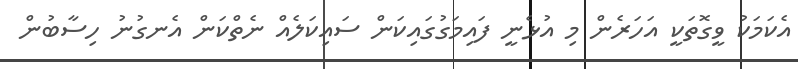
އެކަމަކު ވީގޮތަކީ އަހަރެން މި އުޅެނީ ފައިމަގުގައިކަން ސައިކަލެއް ނެތްކަން އެނގުނު ހިސާބުން